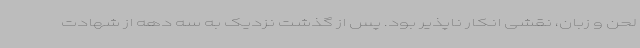
لحن و زبان، نقشی انکار ناپذیر بود. پس از گذشت نزدیک به سه دهه از شهادت